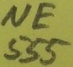
Text: NE555